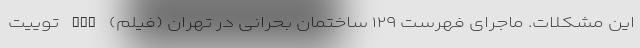
این مشکلات. ماجرای فهرست ۱۲۹ ساختمان بحرانی در تهران (فیلم) nan توییت